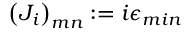
\left( J _ { i } \right) _ { m n } : = i \epsilon _ { m i n }